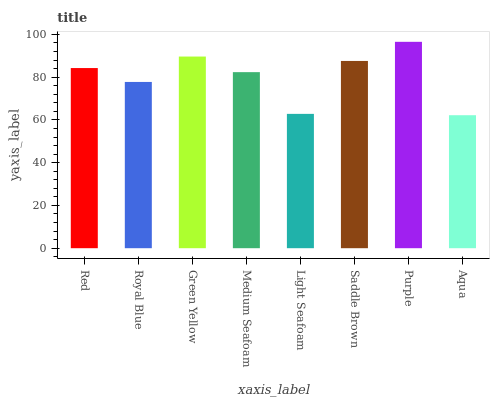
| xaxis_label | bars |
 | --- | --- |
 | Red | 84.3 |
 | Royal Blue | 77.8 |
 | Green Yellow | 89.6 |
 | Medium Seafoam | 82.3 |
 | Light Seafoam | 62.8 |
 | Saddle Brown | 87.6 |
 | Purple | 96.5 |
 | Aqua | 62.2 |